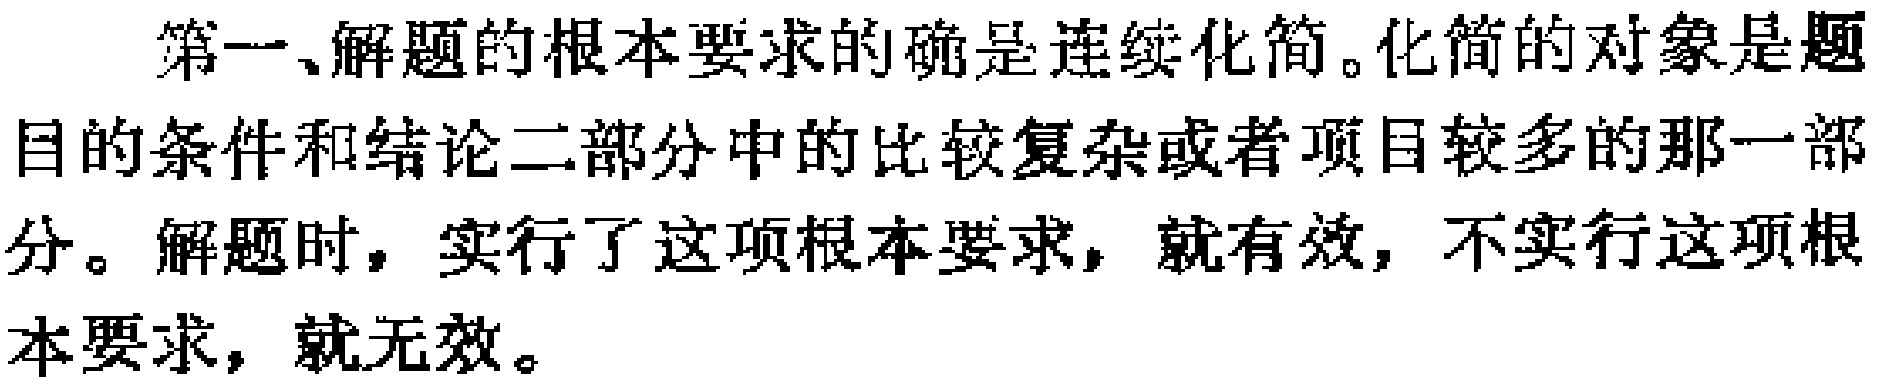
第一、解题的根本要求的确是连续化简。化简的对象是题目的条件和结论二部分中的比较复杂或者项目较多的那一部分。解题时，实行了这项根本要求，就有效，不实行这项根本要求，就无效。